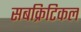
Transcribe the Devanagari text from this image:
सबक्रिटिकल